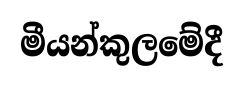
මීයන්කුලමේදී